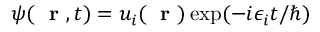
\psi ( \mathrm { ~ \bf ~ r ~ } , t ) = u _ { i } ( \mathrm { ~ \bf ~ r ~ } ) \exp ( - i \epsilon _ { i } t / \hbar )